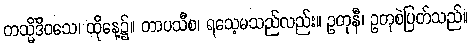
တသ္မိံဒိဝသေ၊ ထိုနေ့၌။ တာပသီစ၊ ရသေ့မသည်လည်း။ ဥတုနီ၊ ဥတုစဲပြတ်သည်။